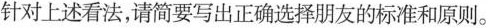
针对上述看法，请简要写出正确选择朋友的标准和原则。